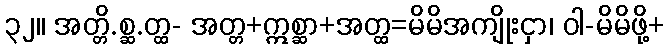
၃၂။ အတ္တိ.စ္ဆ.တ္ထ- အတ္တ+ဣစ္ဆာ+အတ္ထ=မိမိအကျိုးငှာ၊ ဝါ-မိမိဖို့+